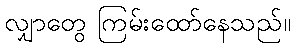
လျှာတွေ ကြမ်းထော်နေသည်။